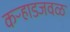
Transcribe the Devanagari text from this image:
कऱ्हाडजवळ